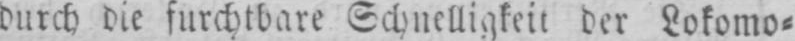
durch die furchtbare Schnelligkeit der Lokomo⸗